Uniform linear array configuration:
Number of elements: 12
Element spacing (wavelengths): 0.5
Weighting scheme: exponential
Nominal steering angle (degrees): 60
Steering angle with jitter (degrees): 60.477
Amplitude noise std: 0.05
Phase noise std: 0.05

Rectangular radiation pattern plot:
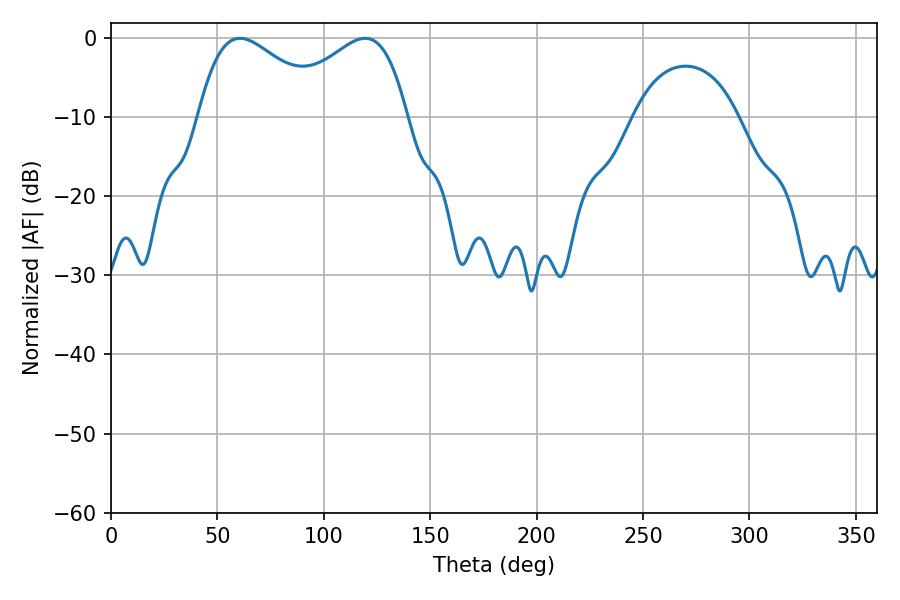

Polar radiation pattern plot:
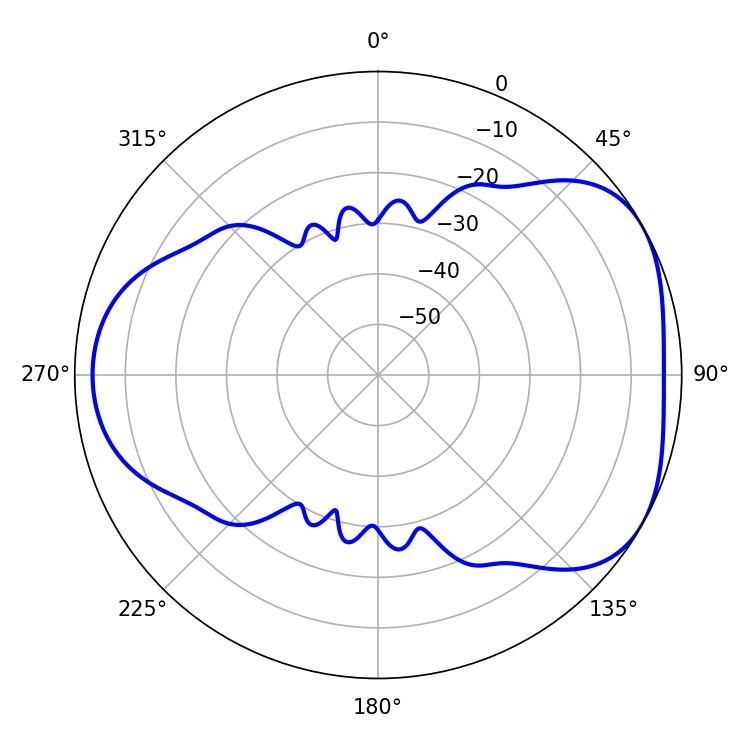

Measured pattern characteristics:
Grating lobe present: FALSE
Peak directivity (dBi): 4.461
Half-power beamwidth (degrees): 32.94
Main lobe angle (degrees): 60.66